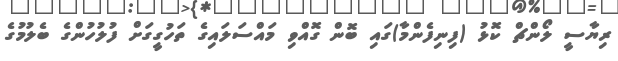
ރިޔާސީ ލޯންޗް ކޮޅު (ފިނިފެންމާ)ގައި ބޮން ގޮއްވި މައްސަލައިގެ ތަހުގީގަށް ފުލުހުންގެ ބެލުމުގެ